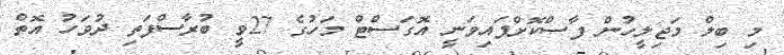
މި ބިލް މަޖިލީހުން ފާސްކޮށްފައިވަނީ އޮގަސްޓް މަހުގެ 27ވީ ބުރާސްފަތި ދުވަހު އޮތް